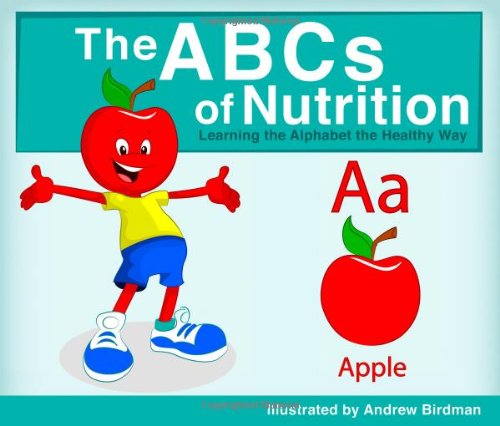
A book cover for The ABCs of Nutrition: Learning the Alphabet the Healthy Way; Robert Orchanian; Health, Fitness & Dieting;